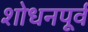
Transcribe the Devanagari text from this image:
शोधनपूर्व